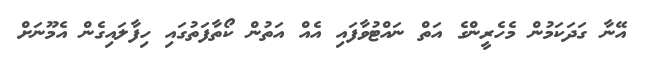
އޭނާ ގަދަކަމުން މެހެރީންގެ އަތް ނައްޓުވާފައި އެއް އަތުން ކޯތާފަތުގައި ހިފާލައިގެން އެމޫނަށް